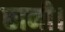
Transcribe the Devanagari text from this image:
छानी।